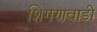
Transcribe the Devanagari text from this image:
शिगणवाडी